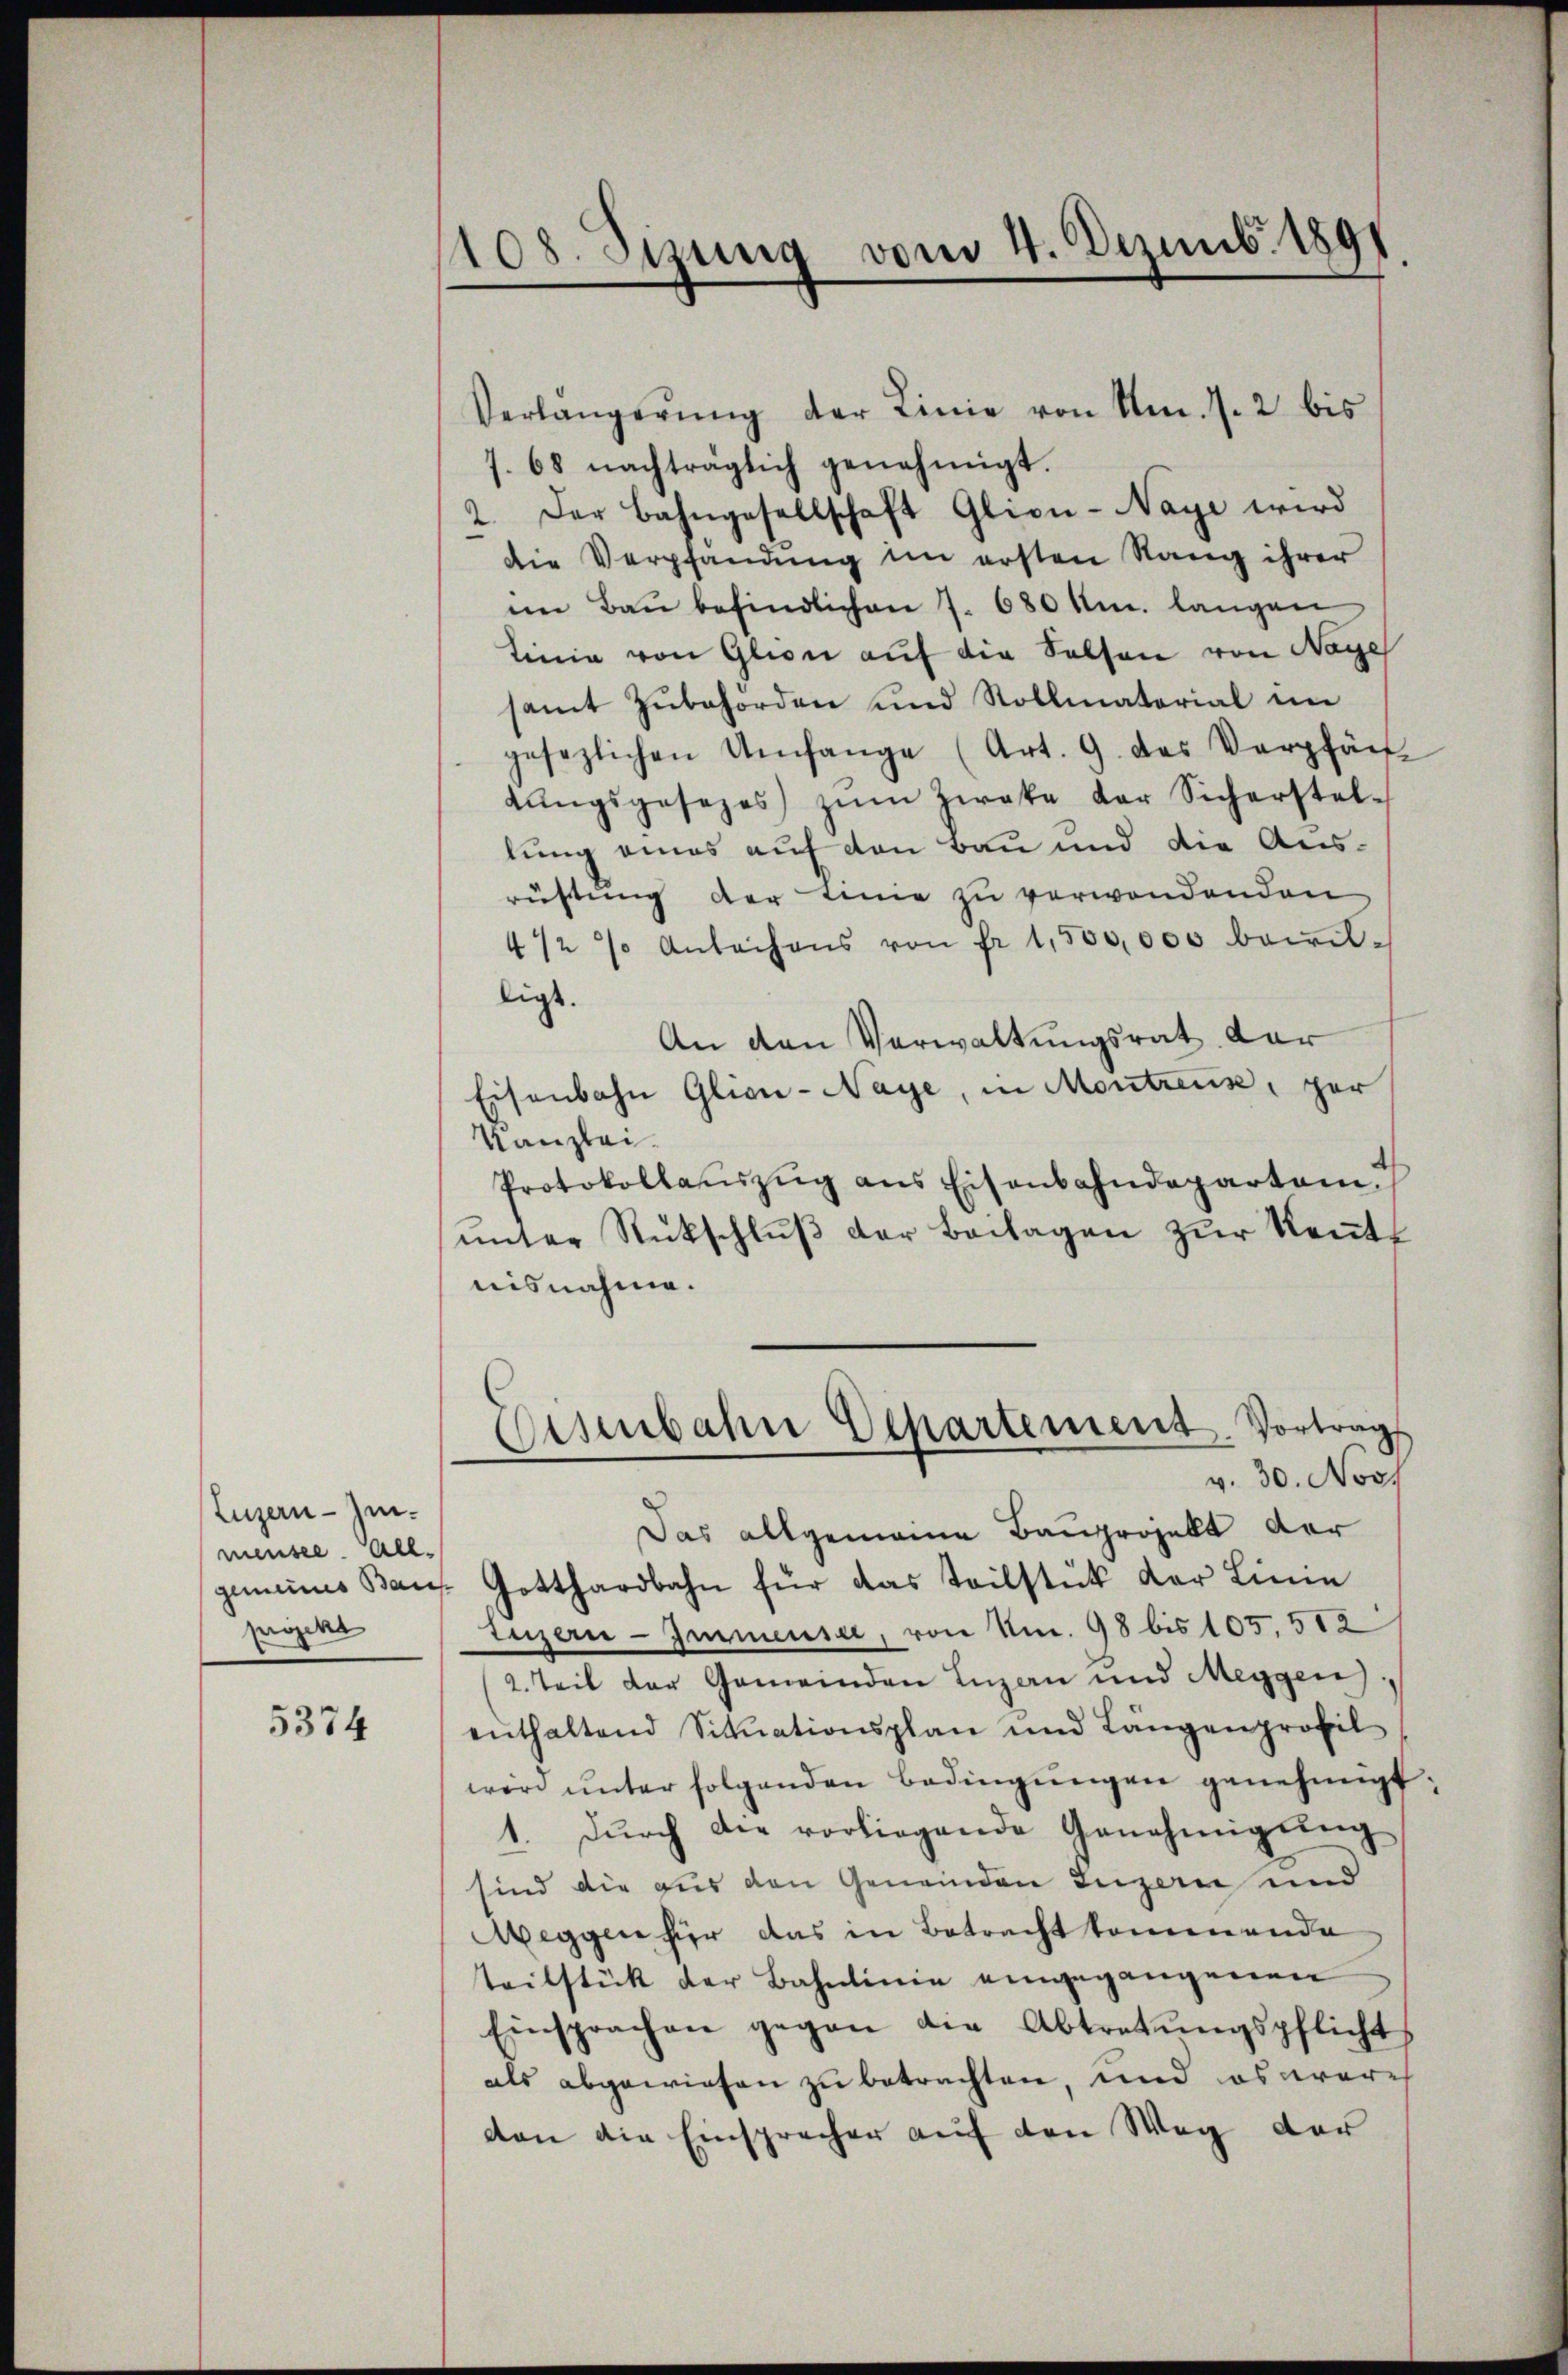
Luzern - Immensee. All.
projekt

5374

1108. Sizung vom 4. Dezemb. 1891

Verlängerŭng der Linie von Am. 1. 2 bis
7. 68 nachträglich genehmigt.
2. Der Bahngesellschaft Glion-Naye wird
die Verpfandung im ersten Rang ihrer
im Bau befindlichen 7. 680 km. langen
Linie von Glion auf die Selsen von Nage
samt zŭbehörden und Rollmatorial im
gesezlichen Umfange (Art. 9. das Verpfän
dŭngsgesezes zŭm Zweke der Sicherstel-
lung eines auf den Bau und die Ausrüstung der Linie zu verwendenden
4/2 % Anleihens von fr. 1,500,000 bewilligt.
An den Verwaltungsrat dar
Eisenbahn Gligi-Naye, in Montreus, per
Kanzlei.
Protokollauszug aus Eisenbahndeparten.
ŭnter Rückschlŭβ der Beilagen zŭr Kennt
nisnahme.
Eisenbahn Echartement. Vortrags
v. 30. Nov.
Das allgemeine Bauprojekt der
gemeines Bau- Gotthardbahn für das Teilstück der Linie
Luzern - Immensee, von Nr. 98 bis 105. 512
2. Teil der Gemeinden Inzan und Meygen
enthaltend Sitŭationsplan und Längenprobil
wird ŭnter folgenden Bedingungen genehmigt
1. dŭrch die vorliegende Genehmigŭng
sind die aus den Gemeinden Luzern und
Weggen für das in Betracht kommende
teilstück der Bahnlinie eingegangenen
Einsprachen gegen die Abtretŭngspflichts
als abgewiesen zu betrachten, und es ware
von die Einspracher auf den Weg der